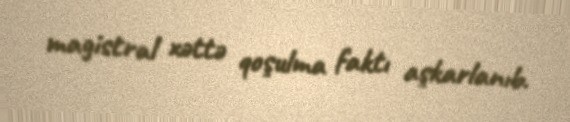
magistral xəttə qoşulma faktı aşkarlanıb.